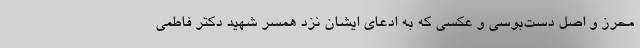
محرز و اصل دست‌بوسی و عکسی که به ادعای ایشان نزد همسر شهید دکتر فاطمی